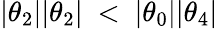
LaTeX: |\theta_{2}||\theta_{2}|\ <\ |\theta_{0}||\theta_{4}|